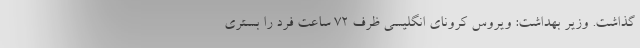
گذاشت. وزیر بهداشت: ویروس کرونای انگلیسی ظرف ۷۲ ساعت فرد را بستری